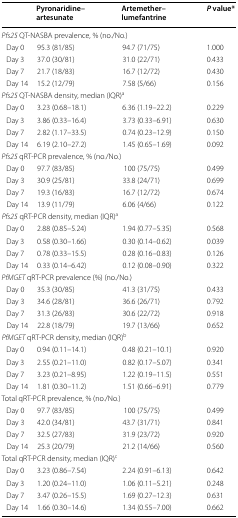
<table><thead><tr><td></td><td><b>Pyronaridine–artesunate</b></td><td><b>Artemether–lumefantrine</b></td><td><b><i>P</i> value*</b></td></tr></thead><tbody><tr><td colspan="4"><i>Pfs25</i> QT-NASBA prevalence, % (no./No.)</td></tr><tr><td> Day 0</td><td>95.3 (81/85)</td><td>94.7 (71/75)</td><td>1.000</td></tr><tr><td> Day 3</td><td>37.0 (30/81)</td><td>31.0 (22/71)</td><td>0.433</td></tr><tr><td> Day 7</td><td>21.7 (18/83)</td><td>16.7 (12/72)</td><td>0.430</td></tr><tr><td> Day 14</td><td>15.2 (12/79)</td><td>7.58 (5/66)</td><td>0.156</td></tr><tr><td colspan="4"><i>Pfs25</i> QT-NASBA density, median (IQR)<sup>a</sup></td></tr><tr><td> Day 0</td><td>3.23 (0.68–18.1)</td><td>6.36 (1.19–22.2)</td><td>0.229</td></tr><tr><td> Day 3</td><td>3.86 (0.33–16.4)</td><td>3.73 (0.33–6.91)</td><td>0.630</td></tr><tr><td> Day 7</td><td>2.82 (1.17–33.5)</td><td>0.74 (0.23–12.9)</td><td>0.150</td></tr><tr><td> Day 14</td><td>6.19 (2.10–27.2)</td><td>1.45 (0.65–1.69)</td><td>0.092</td></tr><tr><td colspan="4"><i>Pfs25</i> qRT-PCR prevalence, % (no./No.)</td></tr><tr><td> Day 0</td><td>97.7 (83/85)</td><td>100 (75/75)</td><td>0.499</td></tr><tr><td> Day 3</td><td>30.9 (25/81)</td><td>33.8 (24/71)</td><td>0.699</td></tr><tr><td> Day 7</td><td>19.3 (16/83)</td><td>16.7 (12/72)</td><td>0.674</td></tr><tr><td> Day 14</td><td>13.9 (11/79)</td><td>6.06 (4/66)</td><td>0.122</td></tr><tr><td colspan="4"><i>Pfs25</i> qRT-PCR density, median (IQR)<sup>a</sup></td></tr><tr><td> Day 0</td><td>2.88 (0.85–5.24)</td><td>1.94 (0.77–5.35)</td><td>0.568</td></tr><tr><td> Day 3</td><td>0.58 (0.30–1.66)</td><td>0.30 (0.14–0.62)</td><td>0.039</td></tr><tr><td> Day 7</td><td>0.78 (0.33–15.5)</td><td>0.28 (0.16–0.83)</td><td>0.126</td></tr><tr><td> Day 14</td><td>0.33 (0.14–6.42)</td><td>0.12 (0.08–0.90)</td><td>0.322</td></tr><tr><td colspan="4"><i>PfMGET</i> qRT-PCR prevalence (%) (no./No.)</td></tr><tr><td> Day 0</td><td>35.3 (30/85)</td><td>41.3 (31/75)</td><td>0.433</td></tr><tr><td> Day 3</td><td>34.6 (28/81)</td><td>36.6 (26/71)</td><td>0.792</td></tr><tr><td> Day 7</td><td>31.3 (26/83)</td><td>30.6 (22/72)</td><td>0.918</td></tr><tr><td> Day 14</td><td>22.8 (18/79)</td><td>19.7 (13/66)</td><td>0.652</td></tr><tr><td colspan="4"><i>PfMGET</i> qRT-PCR density, median (IQR)<sup>b</sup></td></tr><tr><td> Day 0</td><td>0.94 (0.11–14.1)</td><td>0.48 (0.21–10.1)</td><td>0.920</td></tr><tr><td> Day 3</td><td>2.55 (0.21–11.0)</td><td>0.82 (0.17–5.07)</td><td>0.341</td></tr><tr><td> Day 7</td><td>3.23 (0.21–8.95)</td><td>1.22 (0.19–11.5)</td><td>0.551</td></tr><tr><td> Day 14</td><td>1.81 (0.30–11.2)</td><td>1.51 (0.66–6.91)</td><td>0.779</td></tr><tr><td colspan="4">Total qRT-PCR prevalence, % (no./No.)</td></tr><tr><td> Day 0</td><td>97.7 (83/85)</td><td>100 (75/75)</td><td>0.499</td></tr><tr><td> Day 3</td><td>42.0 (34/81)</td><td>43.7 (31/71)</td><td>0.841</td></tr><tr><td> Day 7</td><td>32.5 (27/83)</td><td>31.9 (23/72)</td><td>0.920</td></tr><tr><td> Day 14</td><td>25.3 (20/79)</td><td>21.2 (14/66)</td><td>0.560</td></tr><tr><td colspan="4">Total qRT-PCR density, median (IQR)<sup>c</sup></td></tr><tr><td> Day 0</td><td>3.23 (0.86–7.54)</td><td>2.24 (0.91–6.13)</td><td>0.642</td></tr><tr><td> Day 3</td><td>1.20 (0.24–11.0)</td><td>1.06 (0.11–5.21)</td><td>0.248</td></tr><tr><td> Day 7</td><td>3.47 (0.26–15.5)</td><td>1.69 (0.27–12.3)</td><td>0.631</td></tr><tr><td> Day 14</td><td>1.66 (0.30–14.6)</td><td>1.34 (0.55–7.00)</td><td>0.662</td></tr></tbody></table>